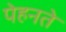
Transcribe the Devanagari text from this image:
पेहनते